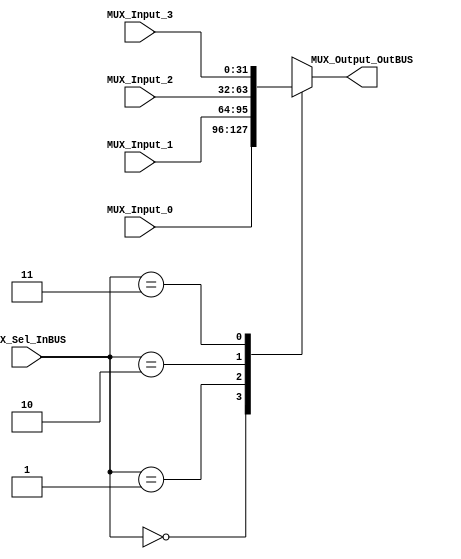
/*#########################################################################
//# General purpose 4:1 multiplexer
//#########################################################################
//#
//# Copyright (C) 2021 Jose Maria Jaramillo Hoyos
//# 
//# This program is free software: you can redistribute it and/or modify
//# it under the terms of the GNU General Public License as published by
//# the Free Software Foundation, either version 3 of the License, or
//# (at your option) any later version.
//#
//# This program is distributed in the hope that it will be useful,
//# but WITHOUT ANY WARRANTY; without even the implied warranty of
//# MERCHANTABILITY or FITNESS FOR A PARTICULAR PURPOSE.  See the
//# GNU General Public License for more details.
//#
//# You should have received a copy of the GNU General Public License
//# along with this program.  If not, see <https://www.gnu.org/licenses/>.
//#
//########################################################################*/

module MUX_4_1 #(parameter INPUT_DATA_WIDTH =32)(

//////////// INPUTS //////////
input [INPUT_DATA_WIDTH-1:0] MUX_Input_0,
input [INPUT_DATA_WIDTH-1:0] MUX_Input_1,
input [INPUT_DATA_WIDTH-1:0] MUX_Input_2,
input [INPUT_DATA_WIDTH-1:0] MUX_Input_3,

input [1:0] MUX_Sel_InBUS,

//////////// OUTPUT //////////
output[INPUT_DATA_WIDTH-1:0]  MUX_Output_OutBUS


);

reg [INPUT_DATA_WIDTH-1:0] Data;

//============================================================
// COMBINATIONAL LOGIC
//============================================================
always@(*)
begin
	case(MUX_Sel_InBUS)
		2'b00: Data=MUX_Input_0;
		2'b01: Data=MUX_Input_1;	
		2'b10: Data=MUX_Input_2;	
		2'b11: Data=MUX_Input_3;		
	endcase
end

assign MUX_Output_OutBUS=Data;

endmodule